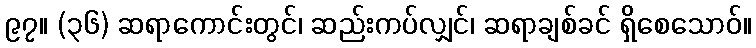
၉၇။ (၃၆) ဆရာကောင်းတွင်၊ ဆည်းကပ်လျှင်၊ ဆရာချစ်ခင် ရှိစေသောဝ်။